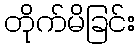
တိုက်မိခြင်း